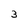
Character: 3